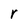
Character: r